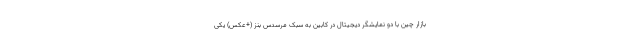
بازار چین با دو نمایشگر دیجیتال در کابین به سبک مرسدس بنز (+عکس) یکی